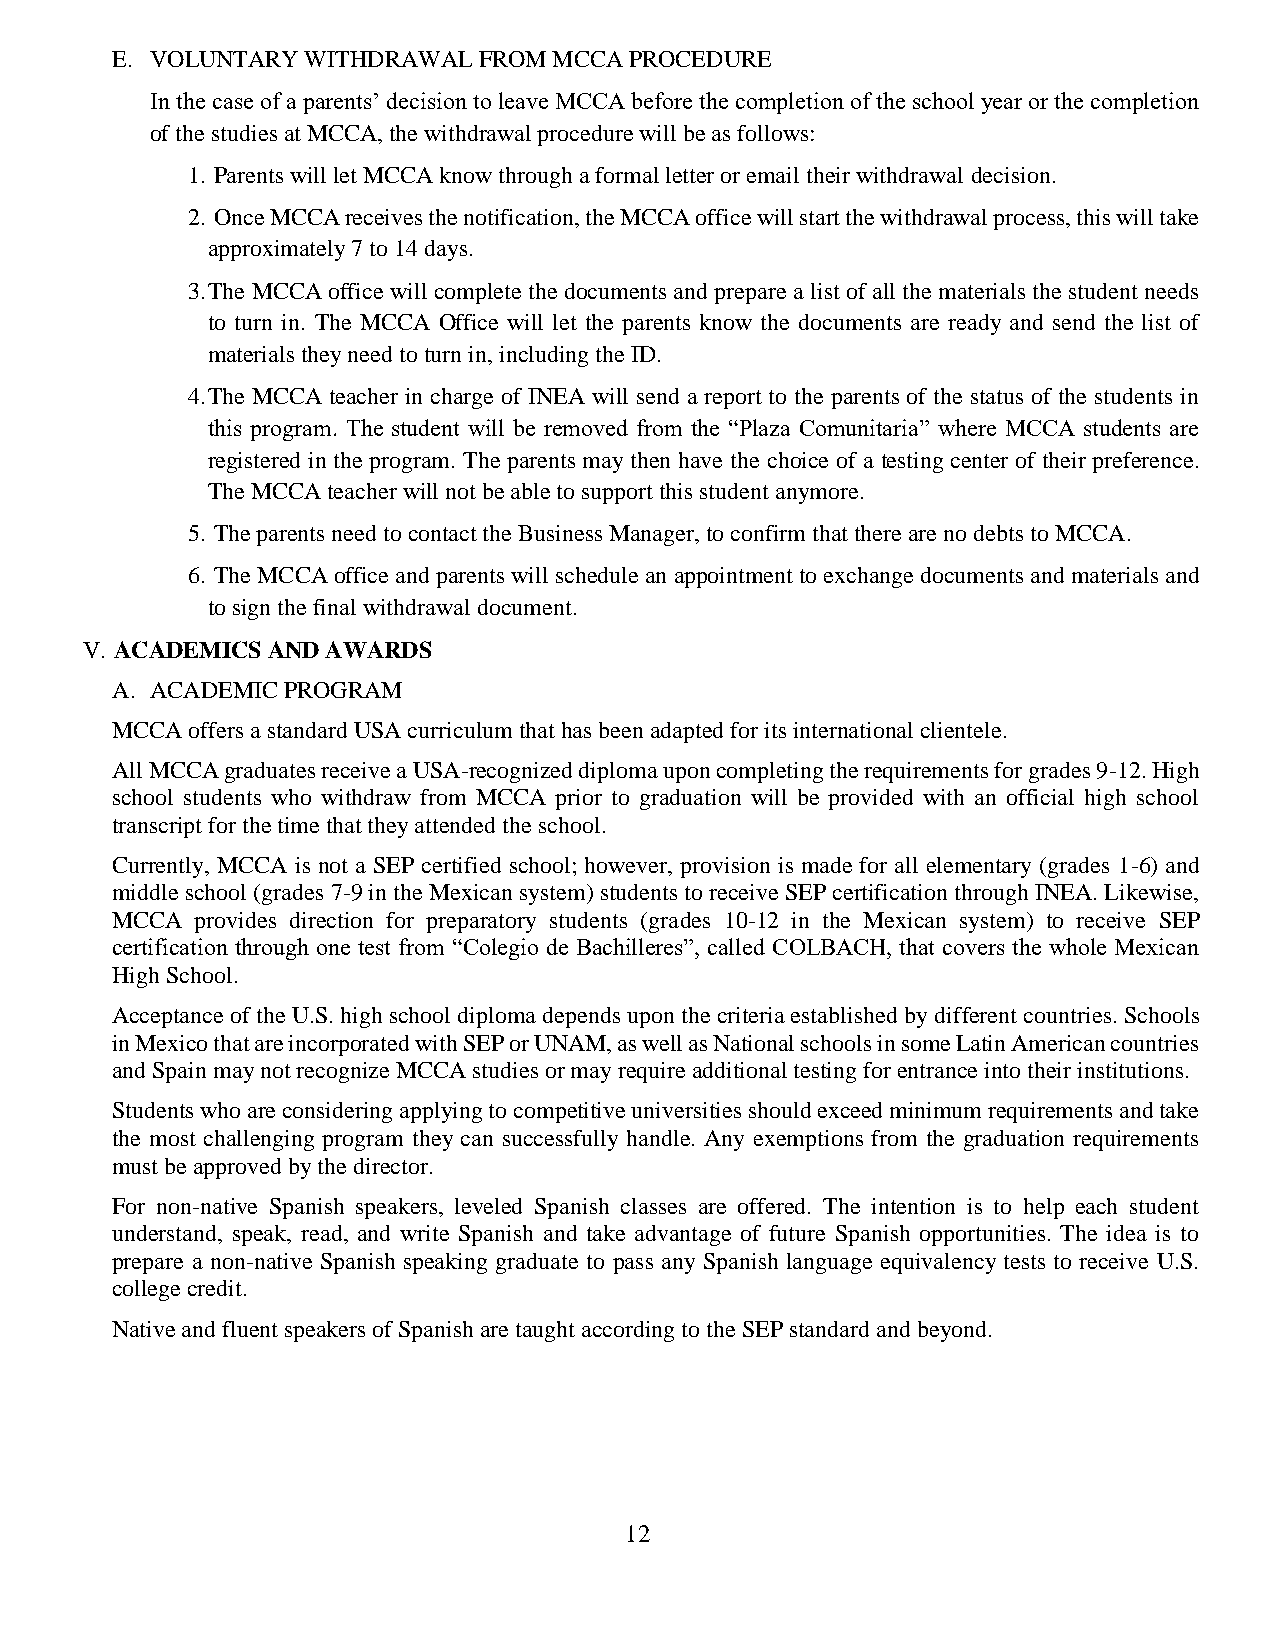
E. VOLUNTARY WITHDRAWAL  FROM MCCA PROCEDURE
 In the case of a parents’ decision to leave MCCA before the completion of the school year or the completion
 of the studies at MCCA, the withdrawal procedure will be as follows:
 1. Parents will let MCCA know through a formal letter or email their withdrawal decision.
 2. Once MCCA receives the notification, the MCCA office will start the withdrawal process, this will take
 approximately 7 to 14 days.
 3. The MCCA office will complete the documents and prepare a list of all the materials the student needs
 to turn in. The MCCA Office will let the parents know the documents are ready and send the list of
 materials they need to turn in, including the ID.
 4. The MCCA teacher in charge of INEA will send a report to the parents of the status of the students in
 this program. The student will be removed from the “Plaza Comunitaria” where MCCA students are
 registered in the program. The parents may then have the choice of a testing center of their preference.
 The MCCA teacher will not be able to support this student anymore.
 5. The parents need to contact the Business Manager, to confirm that there are no debts to MCCA.
 6. The MCCA office and parents will schedule an appointment to exchange documents and materials and
 to sign the final withdrawal document.
 V. ACADEMICS AND AWARDS
 A. ACADEMIC PROGRAM
 MCCA  offers a standard USA curriculum that has been adapted for its international clientele.
 All MCCA graduates receive a USA-recognized diploma upon completing the requirements for grades 9-12. High
 school students who withdraw from MCCA prior to graduation will be provided with an official high school
 transcript for the time that they attended the school.
 Currently, MCCA is not a SEP certified school; however, provision is made for all elementary (grades 1-6) and
 middle school (grades 7-9 in the Mexican system) students to receive SEP certification through INEA. Likewise,
 MCCA  provides direction for preparatory students (grades 10-12 in the Mexican system) to receive SEP
 certification through one test from “Colegio de Bachilleres”, called COLBACH, that covers the whole Mexican
 High School.
 Acceptance of the U.S. high school diploma depends upon the criteria established by different countries. Schools
 in Mexico that are incorporated with SEP or UNAM, as well as National schools in some Latin American countries
 and Spain may not recognize MCCA studies or may require additional testing for entrance into their institutions.
 Students who are considering applying to competitive universities should exceed minimum requirements and take
 the most challenging program they can successfully handle. Any exemptions from the graduation requirements
 must be approved by the director.
 For non-native Spanish speakers, leveled Spanish classes are offered. The intention is to help each student
 understand, speak, read, and write Spanish and take advantage of future Spanish opportunities. The idea is to
 prepare a non-native Spanish speaking graduate to pass any Spanish language equivalency tests to receive U.S.
 college credit.
 Native and fluent speakers of Spanish are taught according to the SEP standard and beyond.
 12